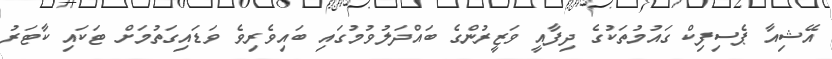
އޭޝިއާ ޕެސިފިކް ގައުމުތަކުގެ ދިފާއީ ވަޒީރުންގެ ބައްދަލުވުމުގައި ބައިވެރިވެ ވަޑައިގަތުމަށް ޓަކައި ކާޓަރު